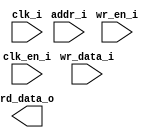
/*******************************************************************************
    Verilog netlist generated by IPGEN Radiant
    Soft IP Version: 1.0.0
    Fri Mar 15 16:12:55 2019
*******************************************************************************/
/*******************************************************************************
    Wrapper Module generated per user settings.
*******************************************************************************/
module rom_himax_cfg_324_faceid (clk_i, clk_en_i, wr_en_i, wr_data_i, addr_i,
    rd_data_o)/* synthesis syn_black_box syn_declare_black_box=1 */;
    input  clk_i;
    input  clk_en_i;
    input  wr_en_i;
    input  [15:0]  wr_data_i;
    input  [7:0]  addr_i;
    output  [15:0]  rd_data_o;
endmodule